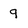
Character: 9